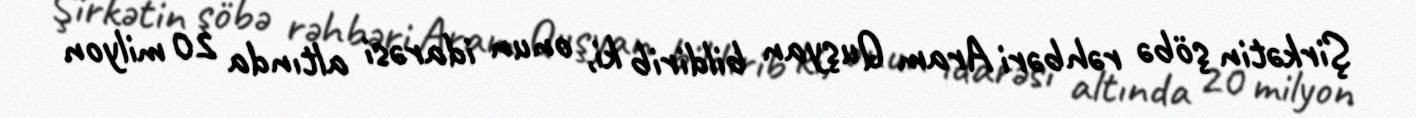
Şirkətin şöbə rəhbəri Aram Quşyan bildirib ki, onun idarəsi altında 20 milyon